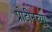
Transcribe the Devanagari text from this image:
प्रोटीनच्या